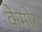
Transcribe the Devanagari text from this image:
केमोर